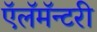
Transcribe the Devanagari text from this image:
ऍलॅमॅन्टरी